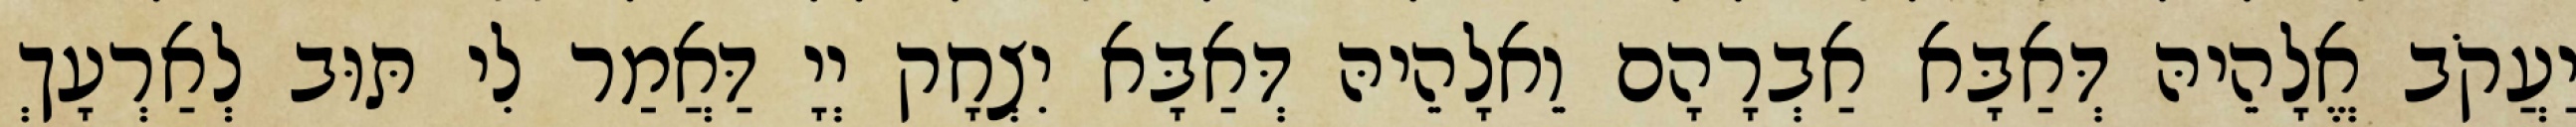
יַעֲקֹב אֱלָהֵיהּ דְּאַבָּא אַבְרָהָם וֵאלָהֵיהּ דְּאַבָּא יִצְחָק יְיָ דַּאֲמַר לִי תּוּב לְאַרְעָךְ